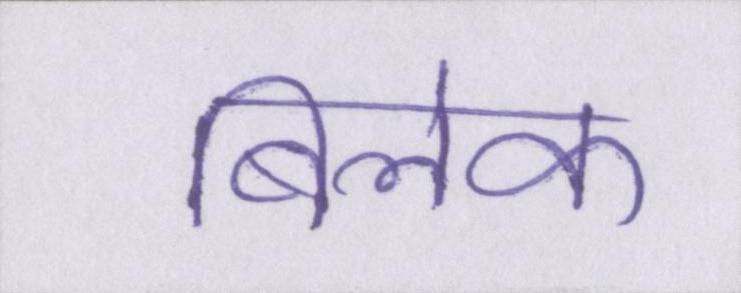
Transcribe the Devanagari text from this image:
बिलेक